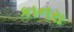
કાનરા